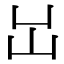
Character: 𡴳